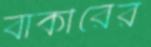
বাকীরের